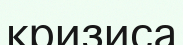
кризиса